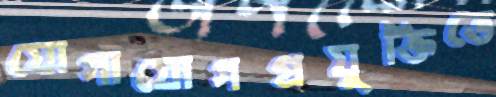
যোগাযোগপ্রযুক্তিতে